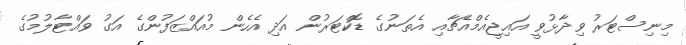
މިނިސްޓަރު ވިދާޅުވީ އައިޖީއެމްއެޗާއި އެތަނުގެ ޑޮކްޓަރުން އަދި އެހެން މުއައްޒަފުންގެ އަގު ވައްޓާލުމުގެ